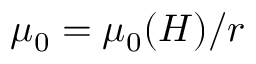
\mu _ { 0 } = \mu _ { 0 } ( H ) / r